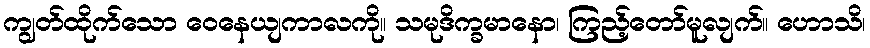
ကျွတ်ထိုက်သော ဝေနေယျကာလကို။ သမုဒိက္ခမာနော၊ ကြည့်တော်မူလျက်။ ဟောသိ၊